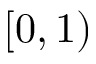
[ 0 , 1 )